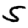
Digit: 5